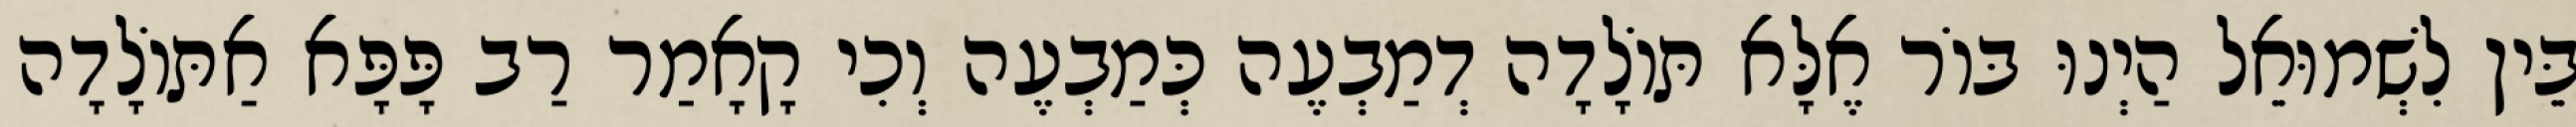
בֵּין לִשְׁמוּאֵל הַיְנוּ בּוֹר אֶלָּא תּוֹלָדָה דְמַבְעֶה כְּמַבְעֶה וְכִי קָאָמַר רַב פָּפָּא אַתּוֹלָדָה